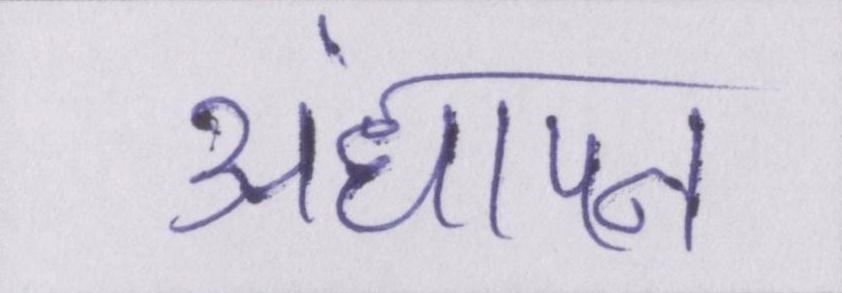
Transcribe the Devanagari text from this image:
अंधापन